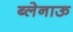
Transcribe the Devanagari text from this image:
ब्लेनाऊ